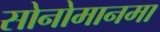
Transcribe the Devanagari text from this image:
सोनोमानमा